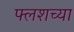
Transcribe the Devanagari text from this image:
फ्लशच्या